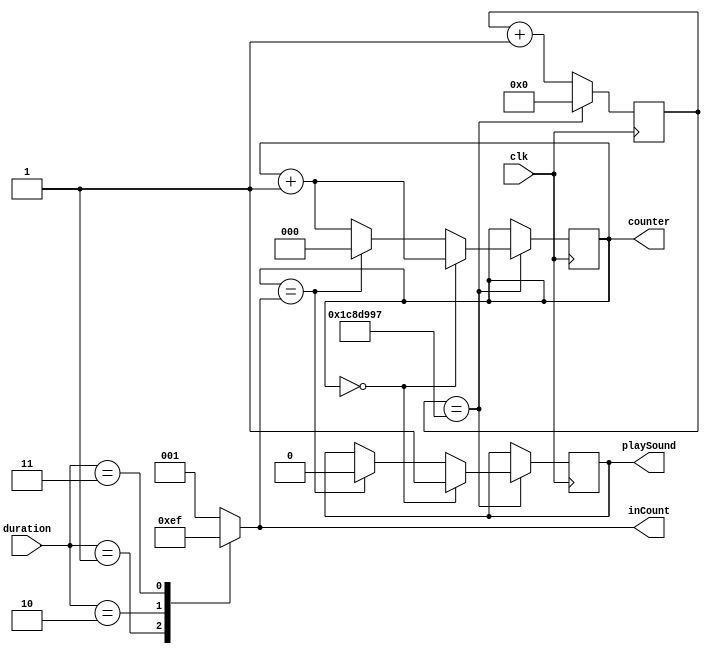
module NoteDurationClkDivider(
    input clk,
    input [2:0] duration,
    output reg playSound,
    output reg [2:0] inCount, counter
    );

    //Div val = 227272, 100 MHZ/227272 = 440 Hz
    //flip speaker ever 113636 for 50% duty cycle
    reg [24:0] clkCounter;
    //reg [2:0] inCount, counter;
    
    initial begin
        playSound = 0;
        clkCounter = 0;
        counter = 0;
    end
    
    always @(duration) begin
        case(duration)
            2'b000: inCount = 3'b001;
            2'b001: inCount = 3'b011;
            2'b010: inCount = 3'b101;
            2'b011: inCount = 3'b111;
            default: inCount = 3'b001;
        endcase
    end
    //25'b1110010001101100110010111 100 bpm
    always @(posedge clk)begin
         if(clkCounter == 25'b1110010001101100110010111) begin //100 bpm
            if(counter == 3'b0) begin
                playSound = 1;
                counter = counter+1;
            end
            else if(counter == inCount) begin
                playSound = 0;
                counter <= 0;
            end 
            else begin
                counter = counter+1;
            end
            clkCounter <= 0;
         end 
         else begin
            clkCounter <= clkCounter+1;
         end
    end
endmodule